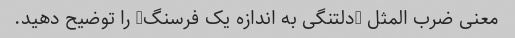
معنی ضرب المثل "دلتنگی به اندازه یک فرسنگ" را توضیح دهید.